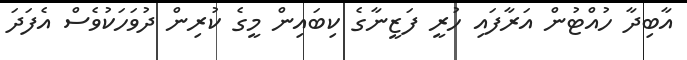
އާބިދާ ހުއްޓުން އަރާފައި ހުރީ ފަޒީނާގެ ކިބައިން މީގެ ކުރިން ދުވަހަކުވެސް އެފަދަ